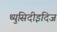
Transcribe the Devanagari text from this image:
थ्युसिदीइदिज